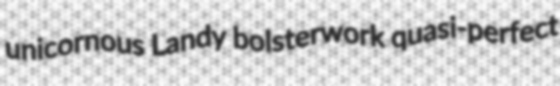
unicornous Landy bolsterwork quasi-perfect